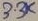
Text: 3.3K